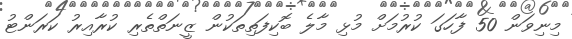
މިނިވަން 50 ފާހަގަ ކުރުމަށް މުޅި މާލެ ބޮކިފަތިތަކުން ޒީނަތްތެރި ކުރާއިރު ކަރަންޓު